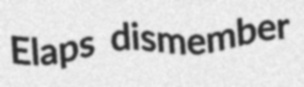
Elaps dismember